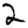
Digit: 2